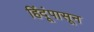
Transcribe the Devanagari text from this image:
हिंदूंपासून